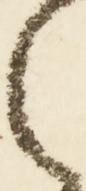
之